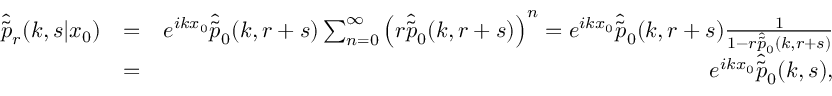
\begin{array} { r l r } { \hat { \tilde { p } } _ { r } ( k , s | x _ { 0 } ) } & { = } & { e ^ { i k x _ { 0 } } \hat { \tilde { p } } _ { 0 } ( k , r + s ) \sum _ { n = 0 } ^ { \infty } \left( r \hat { \tilde { p } } _ { 0 } ( k , r + s ) \right) ^ { n } = e ^ { i k x _ { 0 } } \hat { \tilde { p } } _ { 0 } ( k , r + s ) \frac { 1 } { 1 - r \hat { \tilde { p } } _ { 0 } ( k , r + s ) } } \\ & { = } & { e ^ { i k x _ { 0 } } \hat { \tilde { p } } _ { 0 } ( k , s ) , } \end{array}